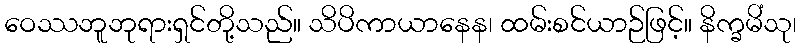
ဝေဿဘူဘုရားရှင်တို့သည်။ သိပိကာယာနေန၊ ထမ်းစင်ယာဉ်ဖြင့်။ နိက္ခမိံသု၊